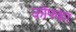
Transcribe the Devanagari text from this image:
कोफ्का